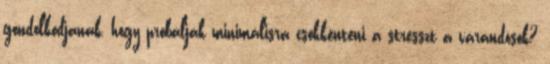
gondolkodjanak, hogy próbálják minimálisra csökkenteni a stresszt a várandósok?